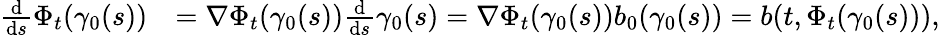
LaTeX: \begin{array}{rl}{\frac{\mathrm{d}}{\mathrm{d}s}\Phi_{t}(\gamma_{0}(s))}&{=\nabla\Phi_{t}(\gamma_{0}(s))\frac{\mathrm{d}}{\mathrm{d}s}\gamma_{0}(s)=\nabla\Phi_{t}(\gamma_{0}(s))b_{0}(\gamma_{0}(s))=b(t,\Phi_{t}(\gamma_{0}(s))),}\end{array}